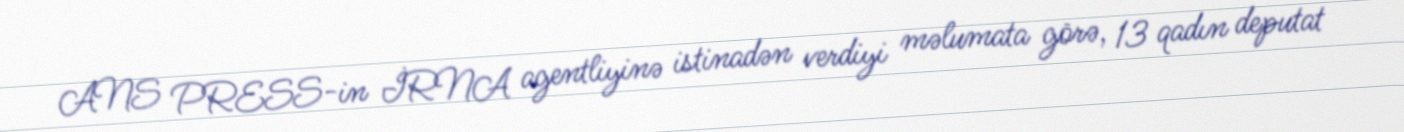
ANS PRESS-in İRNA agentliyinə istinadən verdiyi məlumata görə, 13 qadın deputat